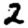
Digit: 2